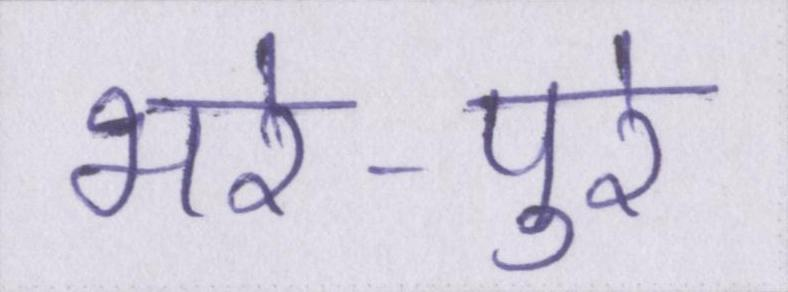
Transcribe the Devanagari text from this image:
भरे-पुरे